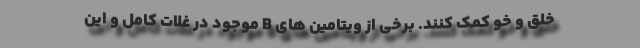
خلق و خو کمک کنند. برخی از ویتامین های B موجود در غلات کامل و این